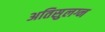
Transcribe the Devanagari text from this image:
अतिसुलग्न